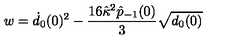
w = \dot { d } _ { 0 } ( 0 ) ^ { 2 } - \frac { 1 6 \hat { \kappa } ^ { 2 } \hat { p } _ { - 1 } ( 0 ) } { 3 } \sqrt { d _ { 0 } ( 0 ) }